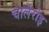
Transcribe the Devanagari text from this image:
चार्लेरोइ